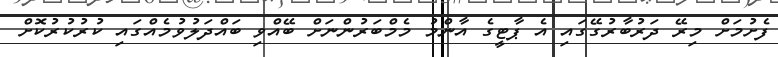
ފެށުމަށް މިރޭ ދަރުބާރުގޭގައި އެ ޕާޓީގެ އާންމު މެމްބަރުންނަށް ބޭއްވި ބައްދަލުވުމެއްގައި ކުރުކުރުކޮށް